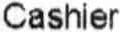
CASHIER